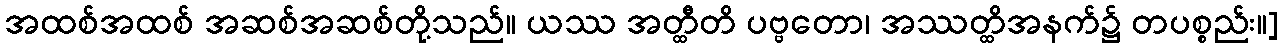
အထစ်အထစ် အဆစ်အဆစ်တို့သည်။ ယဿ အတ္ထီတိ ပဗ္ဗတော၊ အဿတ္ထိအနက်၌ တပစ္စည်း။]